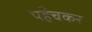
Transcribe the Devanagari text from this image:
पहँचकर